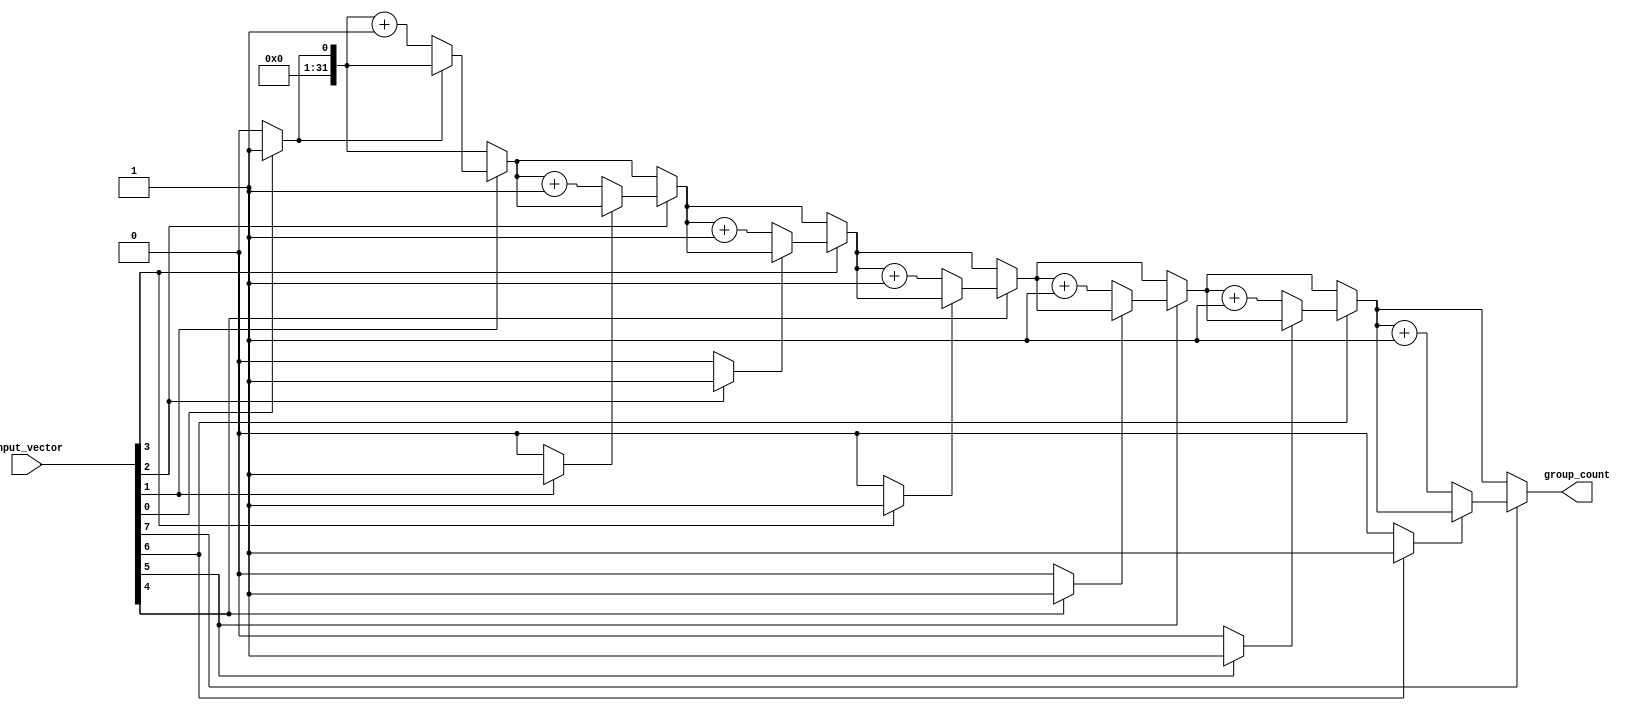
module group_of_ones #(parameter N = 8) (
    input  wire [N-1:0] input_vector,  // Input binary vector
    output reg  [31:0] group_count       // Output group count
);

// Internal variables
integer i;
reg in_group;

always @* begin
    // Initialize the group count and in_group flag
    group_count = 0;
    in_group = 0;

    // Iterate through each bit of the input_vector
    for (i = 0; i < N; i = i + 1) begin
        if (input_vector[i] == 1'b1) begin
            // Current bit is '1'
            if (!in_group) begin
                // We are not currently in a group, so we found a new group
                group_count = group_count + 1;
                in_group = 1; // Set the in_group flag
            end
        end else begin
            // Current bit is '0'
            in_group = 0; // End the current group
        end
    end
end

endmodule